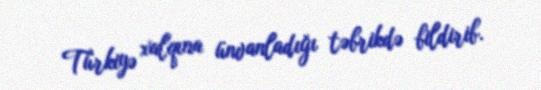
Türkiyə xalqına ünvanladığı təbrikdə bildirib.